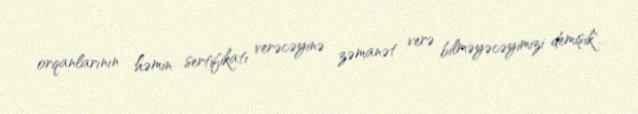
orqanlarının həmin sertifikatı verəcəyinə zəmanət verə bilməyəcəyimizi demişik".